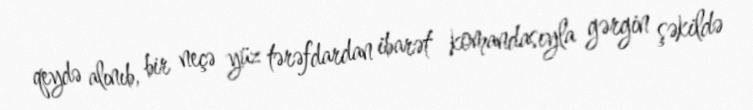
qeydə alınıb, bir neçə yüz tərəfdardan ibarət komandasıyla gərgin şəkildə